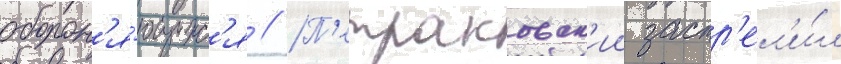
оборон'я́ющихс'я // П'етраковск'ии застр'ел'и́л